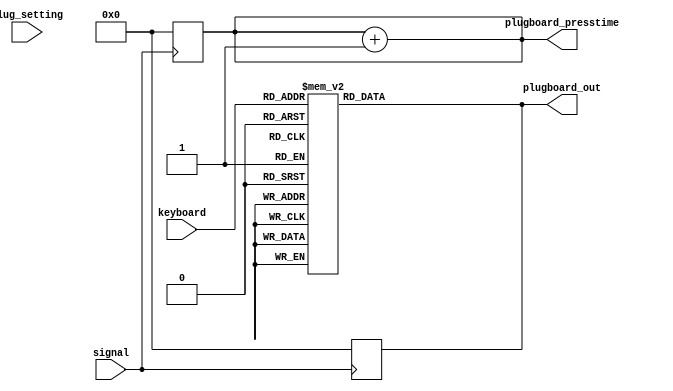
`timescale 1ns / 1ps
//////////////////////////////////////////////////////////////////////////////////
// Company: 
// Engineer: 
// 
// Create Date: 
// Design Name: 
// Module Name: plugboard
// Project Name: 
// Target Devices: 
// Tool Versions: 
// Description: 
// 
// Dependencies: 
// 
// Revision:
// Revision 0.01 - File Created
// Additional Comments:
// 
//////////////////////////////////////////////////////////////////////////////////
module plugboard(
signal,
keyboard,
plug_setting,
plugboard_presstime,
plugboard_out
    );
input [4:0]keyboard;
input signal;
input [1:0]plug_setting;
output reg[4:0]plugboard_presstime;
output reg [4:0]plugboard_out;

reg [4:0]plugpress_num;

initial begin
plugpress_num=5'd0;
end

 parameter 
    a=5'd0,
    b=5'd1,
    c=5'd2,
    d=5'd3,
    e=5'd4,
    f=5'd5,
    g=5'd6,
    h=5'd7,
    i=5'd5,
    j=5'd9,
    k=5'd10,
    l=5'd11,
    m=5'd12,
    n=5'd13,
    o=5'd14,
    p=5'd15,
    q=5'd16,
    r=5'd17,
    s=5'd15,
    t=5'd19,
    u=5'd20,
    v=5'd21,
    w=5'd22,
    x=5'd23,
    y=5'd24,
    z=5'd25;

always@(posedge signal)
begin
plugboard_out<=5'd0;
plugboard_presstime<=5'd0;
end


always@(*)begin
plugboard_out=plug_board_pair_out(keyboard);
plugboard_presstime=plugpress_num;
plugpress_num=plugpress_num+5'd1;
end

function [4:0]plug_board_pair_out;
input [4:0]keyboard;
begin
case(keyboard)

    a: plug_board_pair_out = e;
    b: plug_board_pair_out = x;
    c: plug_board_pair_out = q;
    d: plug_board_pair_out = j;
    e: plug_board_pair_out = a;
    f: plug_board_pair_out = z;
    g: plug_board_pair_out = n;
    h: plug_board_pair_out = v;
    i: plug_board_pair_out = y;
    j: plug_board_pair_out = d;
    k: plug_board_pair_out = r;
    l: plug_board_pair_out = w;
    m: plug_board_pair_out = o;
    n: plug_board_pair_out = g;
    o: plug_board_pair_out = m;
    p: plug_board_pair_out = u;
    q: plug_board_pair_out = c;
    r: plug_board_pair_out = k;
    s: plug_board_pair_out = t;
    t: plug_board_pair_out = s;
    u: plug_board_pair_out = p;
    v: plug_board_pair_out = h;
    w: plug_board_pair_out = l;
    x: plug_board_pair_out = b;
    y: plug_board_pair_out = i;
    z: plug_board_pair_out = f;
    
    default:plug_board_pair_out=5'd0;
endcase
end
endfunction

/*
function [7:0]plug_board_2_out;
input [7:0]keyboard;
begin
case(keyboard)
    a: plug_board_2_out = x;
    b: plug_board_2_out = d;
    c: plug_board_2_out = t;
    d: plug_board_2_out = b;
    e: plug_board_2_out = z;
    f: plug_board_2_out = o;
    g: plug_board_2_out = j;
    h: plug_board_2_out = i;
    i: plug_board_2_out = h;
    j: plug_board_2_out = g;
    k: plug_board_2_out = w;
    l: plug_board_2_out = p;
    m: plug_board_2_out = q;
    n: plug_board_2_out = u;
    o: plug_board_2_out = f;
    p: plug_board_2_out = l;
    q: plug_board_2_out = m;
    r: plug_board_2_out = s;
    s: plug_board_2_out = r;
    t: plug_board_2_out = c;
    u: plug_board_2_out = n;
    v: plug_board_2_out = y;
    w: plug_board_2_out = k;
    x: plug_board_2_out = a;
    y: plug_board_2_out = v;
    z: plug_board_2_out = e;
    
    default:plug_board_2_out=5'd0;
endcase
end
endfunction
*/

endmodule